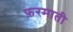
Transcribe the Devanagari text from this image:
फ़रमाती